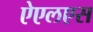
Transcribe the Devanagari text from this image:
ऐएलएस